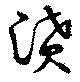
濆